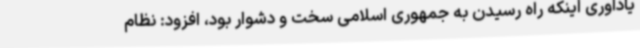
یادآوری اینکه راه رسیدن به جمهوری اسلامی سخت و دشوار بود، افزود: نظام